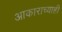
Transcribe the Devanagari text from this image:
आकाराच्याही